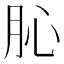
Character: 𦙦